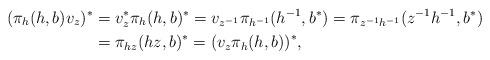
LaTeX: \begin{align*}(\pi_h(h,b)v_z)^*&=v_z^*\pi_h(h,b)^*=v_{z^{-1}}\pi_{h^{-1}}(h^{-1},b^*)=\pi_{z^{-1}h^{-1}}(z^{-1}h^{-1},b^*)\\&=\pi_{hz}(hz,b)^*=(v_z\pi_h(h,b))^*,\end{align*}